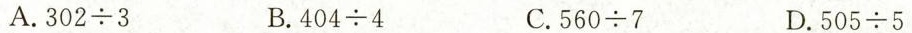
A.$$3 0 2 \div 3$$ B.$$4 0 4 \div 4$$ C.$$5 6 0 \div 7$$ D.$$5 0 5 \div 5$$